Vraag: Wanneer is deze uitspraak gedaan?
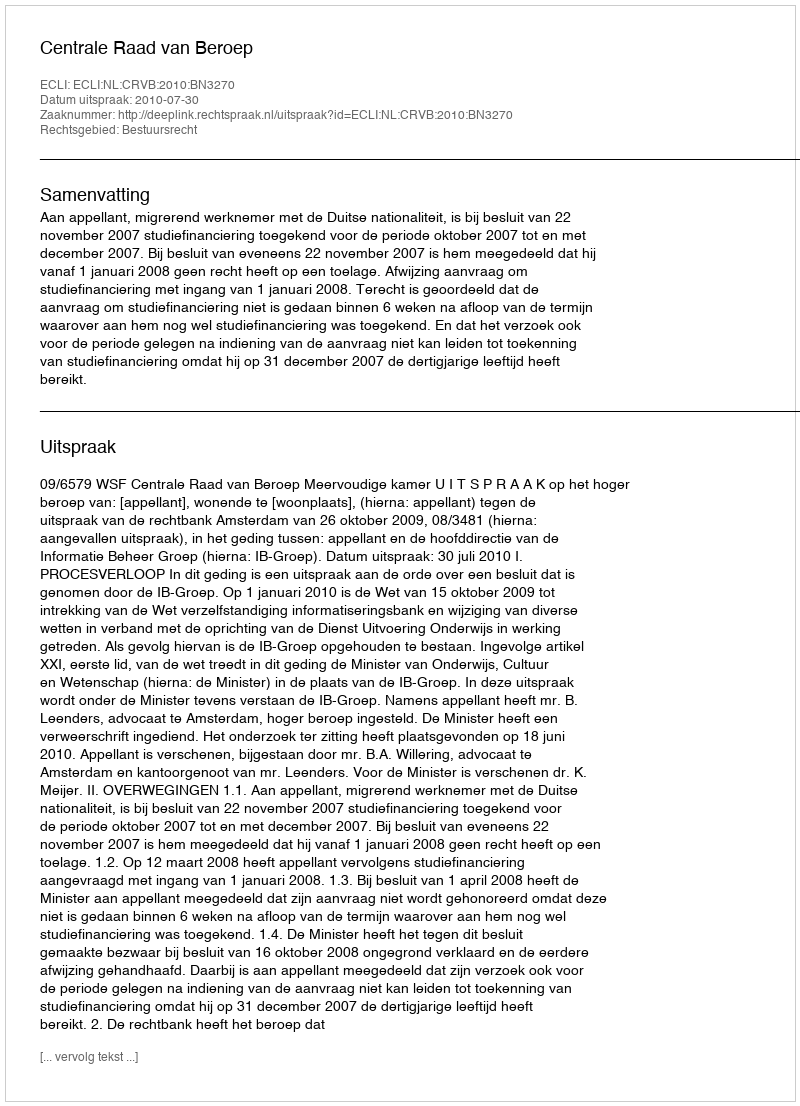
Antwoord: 2010-07-30